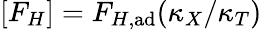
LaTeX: [F_{H}]=F_{H,\mathrm{ad}}(\kappa_{X}/\kappa_{T})